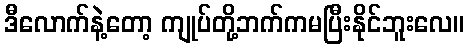
ဒီလောက်နဲ့တော့ ကျုပ်တို့ဘက်ကမပြီးနိုင်ဘူးလေ။